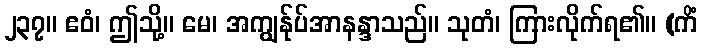
၂၃၇။ ဧဝံ၊ ဤသို့။ မေ၊ အကျွန်ုပ်အာနန္ဒာသည်။ သုတံ၊ ကြားလိုက်ရ၏။ (ကိံ